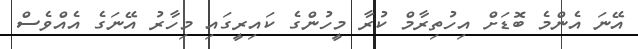
އޭނަ އެންމެ ބޮޑަށް އިހުތިރާމް ކުރާ މީހުންގެ ކައިރީގައި މިހާރު އޭނަގެ އެއްވެސް